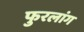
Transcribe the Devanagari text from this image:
फुरलांग